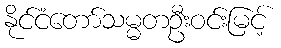
နိုင်ငံတော်သမ္မတဦးဝင်းမြင့်